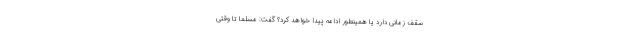
سقف زمانی دارد یا همینطور ادامه پیدا خواهد کرد؟ گفت: مسلما تا وقتی